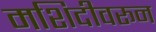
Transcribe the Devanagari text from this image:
मशिदीवरून